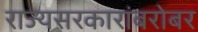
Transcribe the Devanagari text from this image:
राज्यसरकारांबरोबर